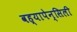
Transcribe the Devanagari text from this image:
वह्यापेन्सिली